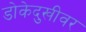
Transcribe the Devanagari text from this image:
डोकेदुखीवर